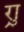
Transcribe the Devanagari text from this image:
र्‍ाु